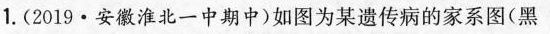
1.(2019·安徽淮北一中期中)如图为某遗传病的家系图(黑